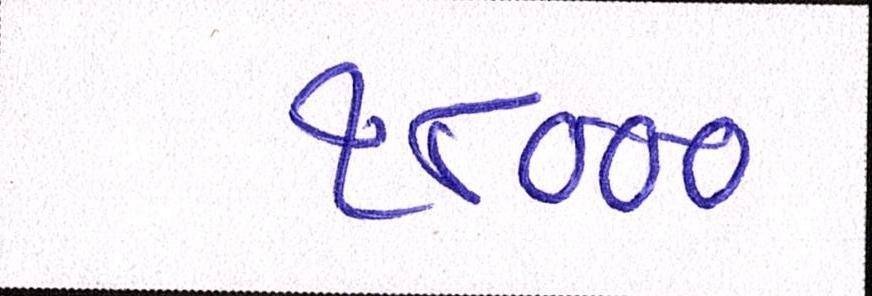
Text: ૧૮૦૦૦